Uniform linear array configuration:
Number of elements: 16
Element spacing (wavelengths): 0.75
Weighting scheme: kaiser
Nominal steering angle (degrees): -30
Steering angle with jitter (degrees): -30.519
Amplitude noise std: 0.05
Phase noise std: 0.05

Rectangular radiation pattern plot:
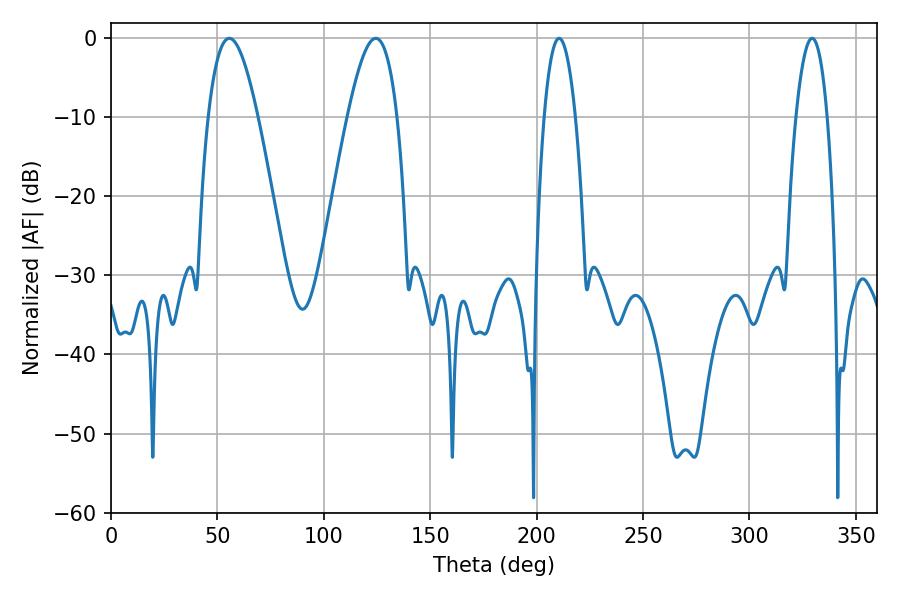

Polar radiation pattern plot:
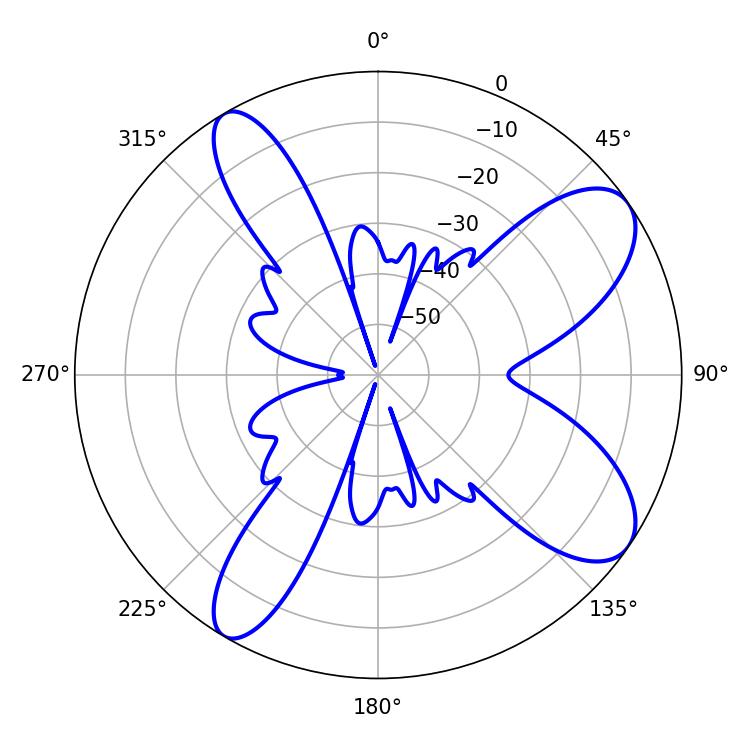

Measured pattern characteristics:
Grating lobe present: TRUE
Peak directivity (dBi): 9.156
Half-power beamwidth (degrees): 12.6
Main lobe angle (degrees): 55.62